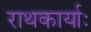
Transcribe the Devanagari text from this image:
राथकार्याः